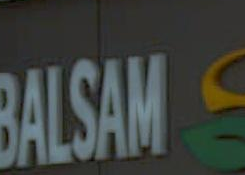
BALSAM